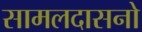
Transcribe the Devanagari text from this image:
सामलदासनो